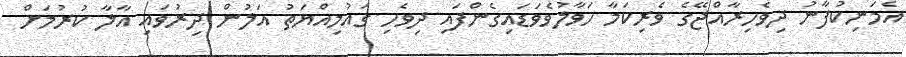
އެމަނިކުފާނު ދިވެހިރާއްޖޭގެ ވެރިކަމާ ހަވާލުވެވަޑައިގެންފައި ދިވެހި ގައުމިއްޔަތު އަލުން ދިރުވައި އާލާ ކުރުމަށް